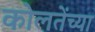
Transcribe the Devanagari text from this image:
कोलतेंच्या